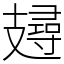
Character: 攳